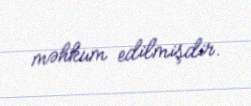
məhkum edilmişdir.